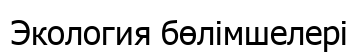
Экология бөлімшелері